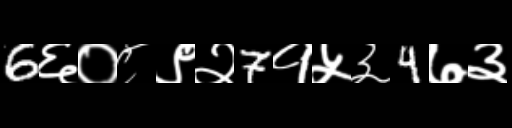
Text: 6६०८९२7१५३4७३